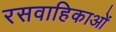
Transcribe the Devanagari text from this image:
रसवाहिकाओं